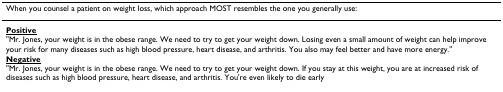
<table><thead><tr><td><b>When you counsel a patient on weight loss, which approach MOST resembles the one you generally use:</b></td></tr></thead><tbody><tr><td><b><underline>Positive</underline></b>&quot;Mr. Jones, your weight is in the obese range. We need to try to get your weight down. Losing even a small amount of weight can help improve your risk for many diseases such as high blood pressure, heart disease, and arthritis. You also may feel better and have more energy.&quot;</td></tr><tr><td><b><underline>Negative</underline></b>&quot;Mr. Jones, your weight is in the obese range. We need to try to get your weight down. If you stay at this weight, you are at increased risk of diseases such as high blood pressure, heart disease, and arthritis. You&#x27;re even likely to die early</td></tr></tbody></table>